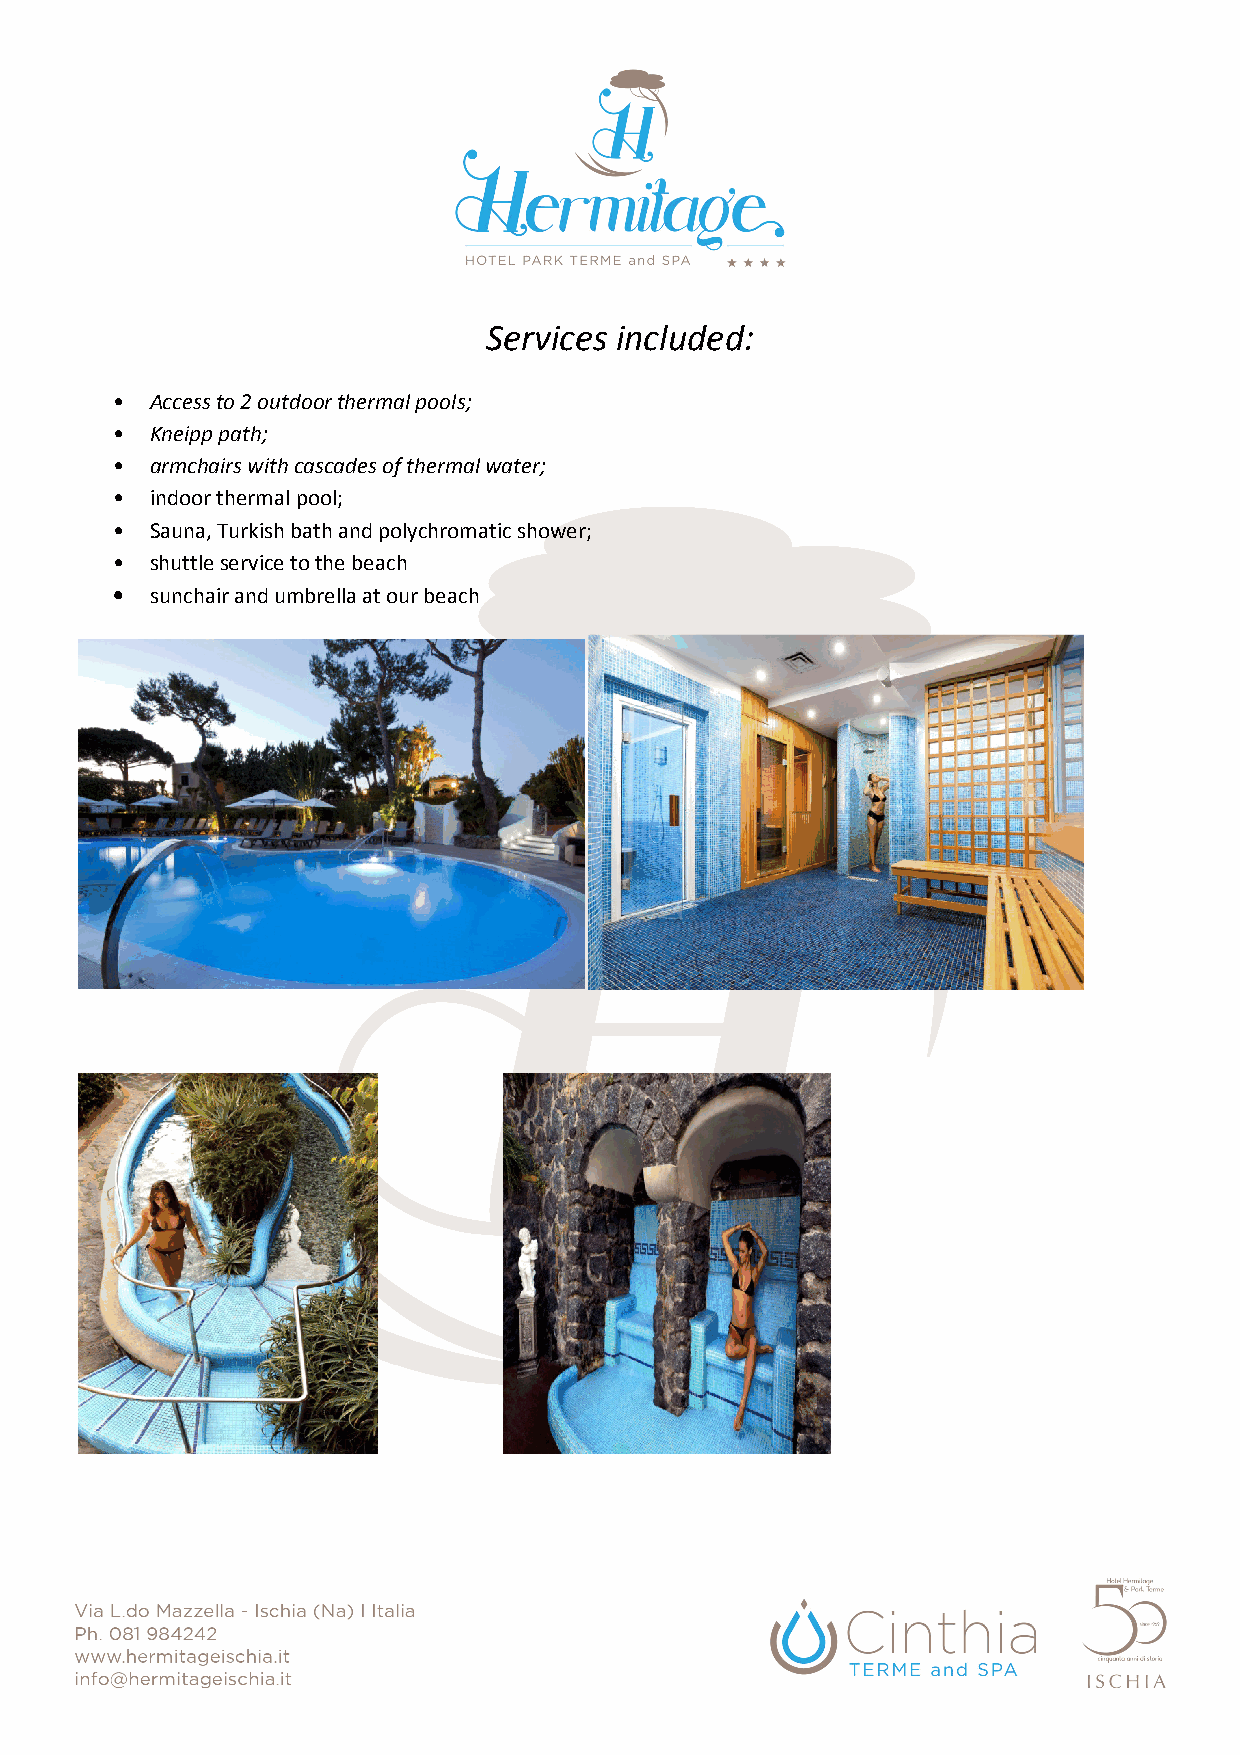
Services included:
 •  Access to 2 outdoor thermal pools;
 •  Kneipp path;
 •  armchairs with cascades of thermal water;
 •  indoor thermal pool;
 •  Sauna, Turkish bath and polychromatic shower;
 •  shuttle service to the beach
 •  sunchair and umbrella at our beach